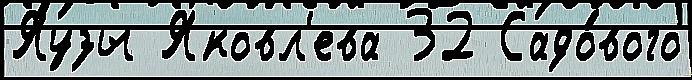
Яузы Яковл'ева 32 Садо́вого